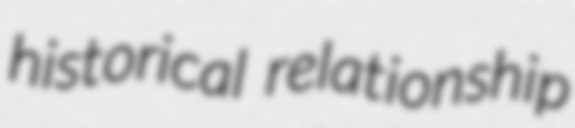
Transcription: historical relationship